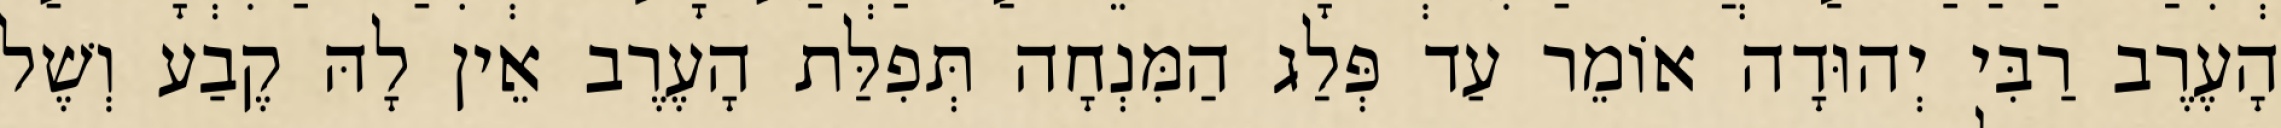
הָעֶרֶב רַבִּי יְהוּדָה אוֹמֵר עַד פְּלַג הַמִּנְחָה תְּפִלַּת הָעֶרֶב אֵין לָהּ קֶבַע וְשֶׁל